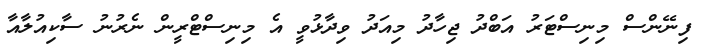
ފިނޭންސް މިނިސްޓަރު އަބްދު ޖިހާދު މިއަދު ވިދާޅުވީ އެ މިނިސްޓްރީން ނެރުނު ސާކިއުލާއާ